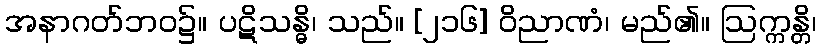
အနာဂတ်ဘဝ၌။ ပဋိသန္ဓိ၊ သည်။ [၂၁၆] ဝိညာဏံ၊ မည်၏။ ဩက္ကန္တိ၊